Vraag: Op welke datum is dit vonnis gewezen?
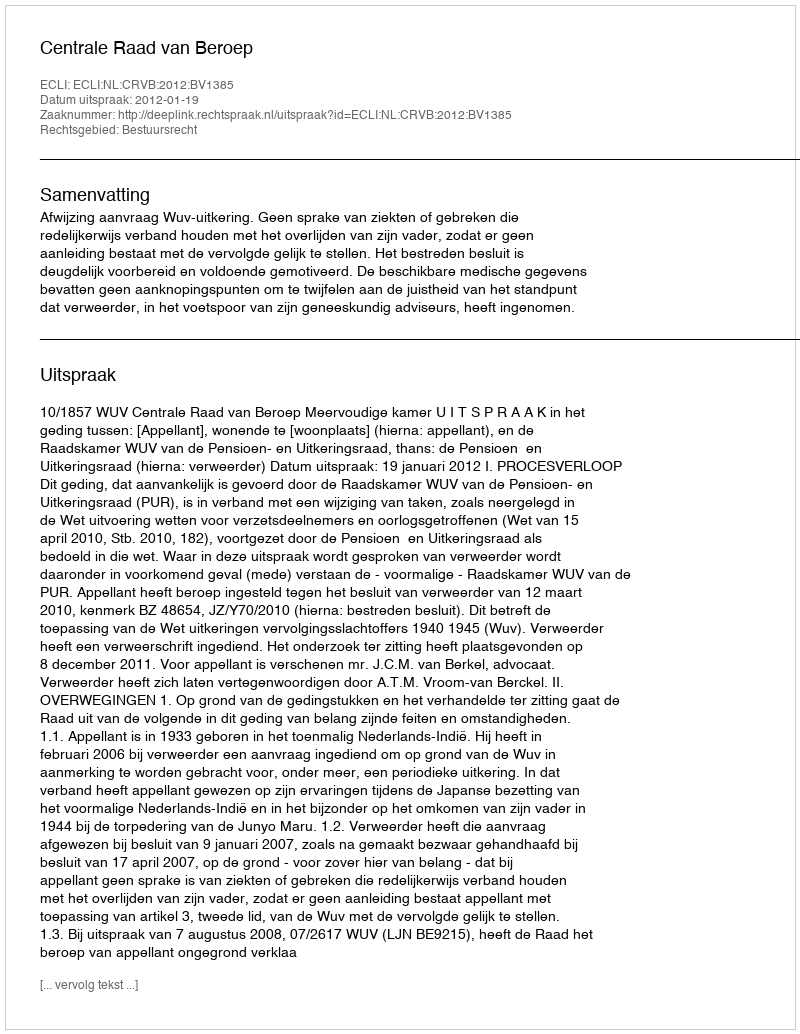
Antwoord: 2012-01-19